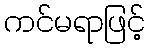
ကင်မရာဖြင့်